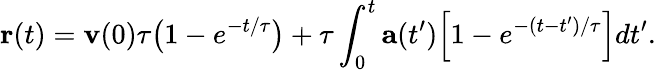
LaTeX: \mathbf{r}(t)=\mathbf{v}(0)\tau{\big(}1-e^{-t/\tau}{\big)}+\tau\int_{0}^{t}\mathbf{a}(t^{\prime}){\Big[}1-e^{-(t-t^{\prime})/\tau}{\Big]}dt^{\prime}.